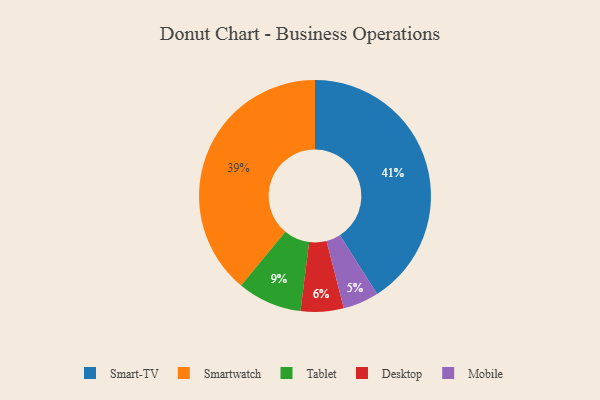
{"axis": {"x": "Category", "y": "Percentage"}, "legend": ["Desktop", "Mobile", "Smart-TV", "Smartwatch", "Tablet"], "data": [{"x": "Smart-TV", "y": 41, "type": "Smart-TV"}, {"x": "Mobile", "y": 5, "type": "Mobile"}, {"x": "Desktop", "y": 6, "type": "Desktop"}, {"x": "Tablet", "y": 9, "type": "Tablet"}, {"x": "Smartwatch", "y": 39, "type": "Smartwatch"}]}